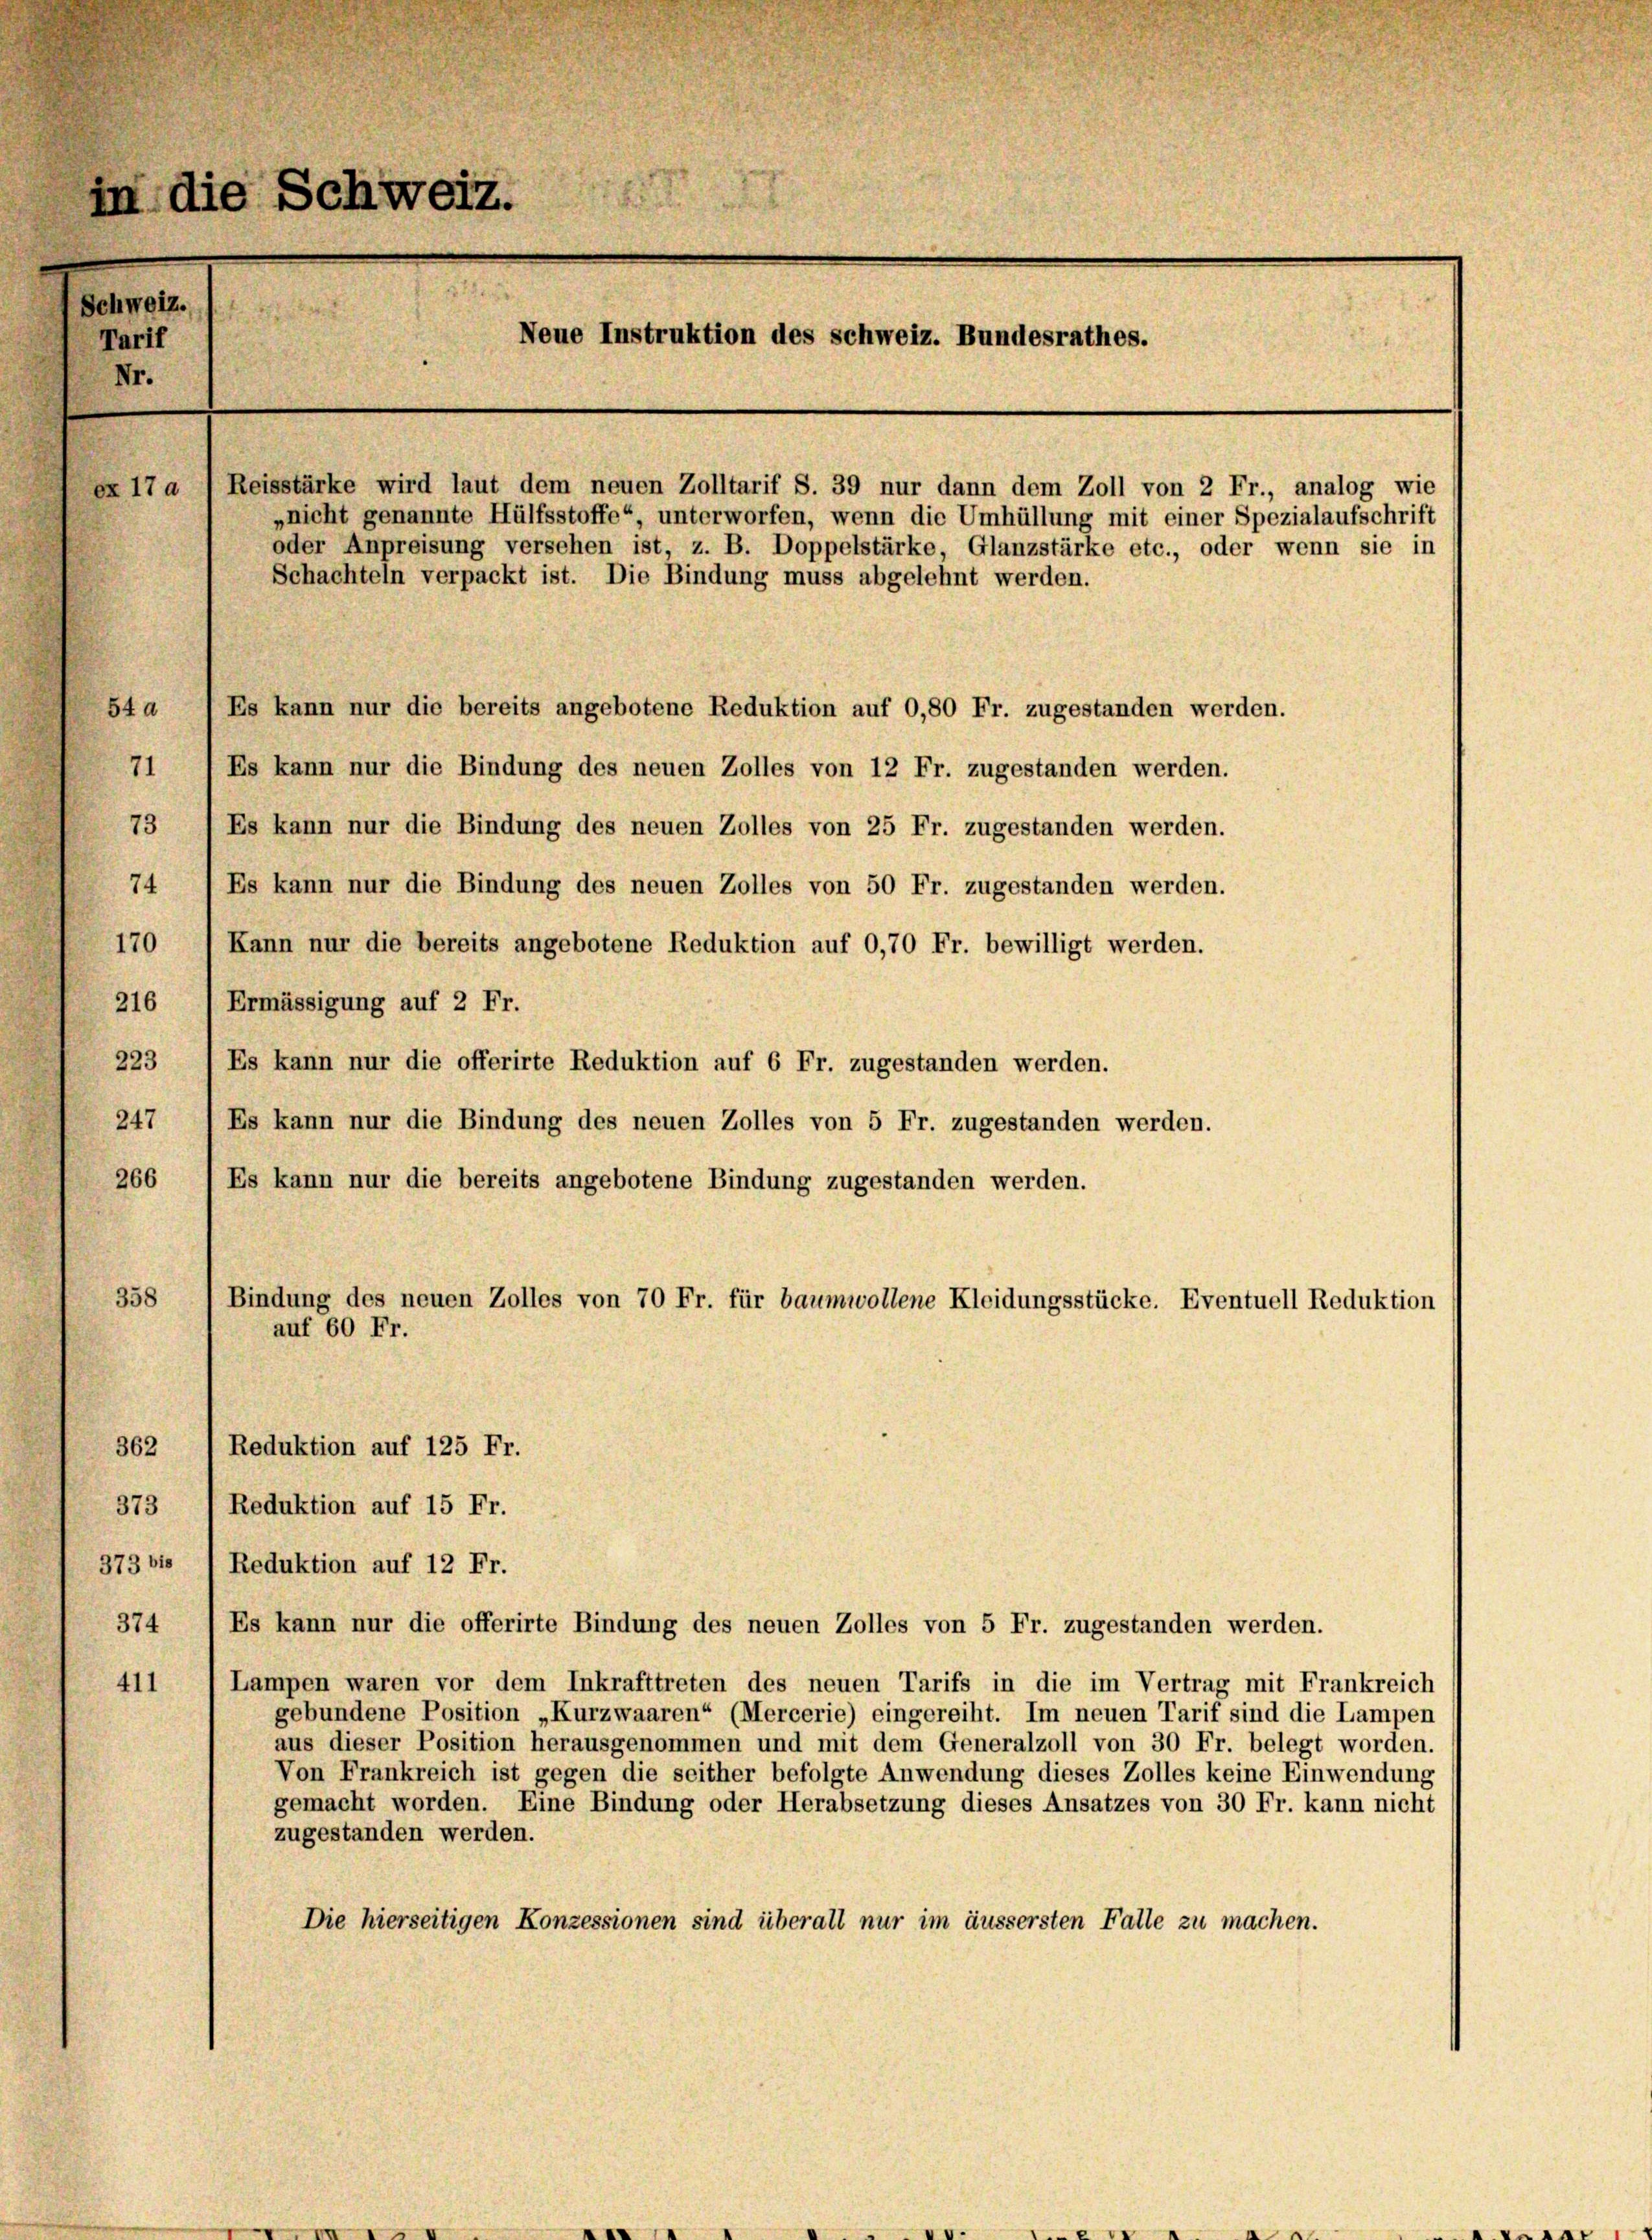
Schweiz.
Tarif
Nr.

in die Schweiz.
Neue Instruktion des Schweiz. Bundesrathes.
ex 17 a Reisstärke wird laut dem neuen Zolltarif S. 39 nur dann dem Zoll von 2 Fr., analog wie
„nicht genannte Hülfsstoffe“ unterworfen, wenn die Umhüllung mit einer Spezialaufschrift
oder Anpreisung versehen ist, z. B. Doppelstärke, Glanzstärke etc., oder wenn sie in
Schachteln verpackt ist. Die Bindung muss abgelehnt werden.
54 d
Es kann nur die bereits angebotene Reduktion auf 0,80 Fr. zugestanden werden.
71 1 Es kann nur die Bindung des neuen Zolles von 12 Fr. zugestanden werden.

73 1 Es kann nur die Bindung des neuen Zolles von 25 Fr. zugestanden werden.
74) Es kann nur die Bindung des neuen Zolles von 50 Fr. zugestanden werden.
170 1 Kann nur die bereits angebotene Reduktion auf 0,70 Fr. bewilligt werden.
216 1 Ermässigung auf 2 Fr.
223 (Es kann nur die offerirte Reduktion auf 6 Fr. zugestanden werden.
247, 1 Es kann nur die Bindung des neuen Zolles von 5 Fr. zugestanden werden.
266 ) Es kann nur die bereits angebotene Bindung zugestanden werden.
358
362 ( Reduktion auf 125 Fr.
373 / Reduktion auf 15 Fr.
373 bis 1 Reduktion auf 12 Fr.
374 (Es kann nur die offerirte Bindung des neuen Zolles von 5 Fr. zugestanden werden.
Lampen waren vor dem Inkrafttreten des neuen Tarifs in die im Vertrag mit Frankreich
411
gebundene Position „Kurzwaaren“ (Mercerie) eingereiht. Im neuen Tarif sind die Lampen
aus dieser Position herausgenommen und mit dem Generalzoll von 30 Fr. belegt worden.
Von Frankreich ist gegen die seither befolgte Anwendung dieses Zolles keine Einwendung
gemacht worden. Eine Bindung oder Herabsetzung dieses Ansatzes von 30 Fr. kann nicht
zugestanden werden.
Die hierseitigen Konzessionen sind überall nur im äussersten Falle zu machen.

auf 60 Fr.

Bindung des neuen Zolles von 70 Fr. für baumwollene Kleidungsstücke. Eventuell Reduktion